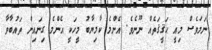
ނަމަވެސް މިއީ ޙަޤީޤަތެއް ނޫނެވެ. އެންމެ ކާމިޔާބު މީހަކީ އެންމެ ގިނައިން ތައުބާވާ